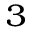
^ 3